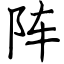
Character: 阵